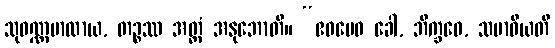
သုဝဏ္ဏမာလာယ, တဉ္စဿ အတ္ထံ အနုဘောတိ။ “ဧဝမေဝ ခေါ, ဘိက္ခဝေ, သမာဓိယတိ